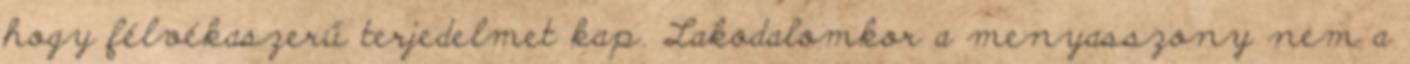
hogy félvékaszerű terjedelmet kap. Lakodalomkor a menyasszony nem a